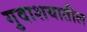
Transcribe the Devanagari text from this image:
गुदाशयातील